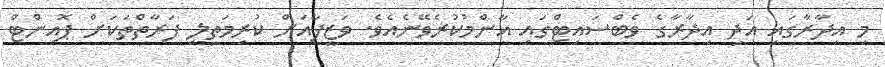
މި އިދާރާގައި އަދި އިދާރާގެ ވެބްސައިޓްގައި އާންމުކުރެވޭނެއެވެ. ވަޒީފާއަށް ކުރިމަތިލީ ފަރާތްތަކަށް ޕޮއިންޓް